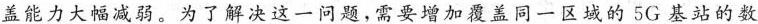
盖能力大幅减弱。为了解决这一问题，需要增加覆盖同一区域的5G基站的数